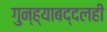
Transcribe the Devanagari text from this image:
गुन्ह्याबद्दलही